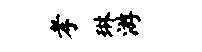
孝琳游